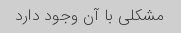
مشکلی با آن وجود دارد